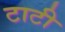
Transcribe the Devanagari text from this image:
टाटी